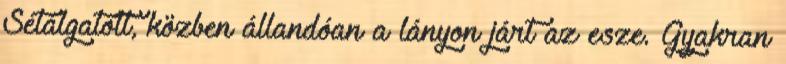
Sétálgatott, közben állandóan a lányon járt az esze. Gyakran